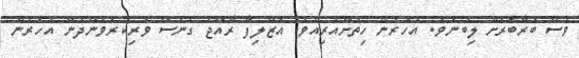
ވެސް ބަރާބަރަށް ލިބުނެވެ. އަހަރެން ހިތަށްއެރިއެވެ. އަޒްލިފާ ރާއްޖެ ގެނެސް ވަރިކުރެވެންދެން އަހަރެން